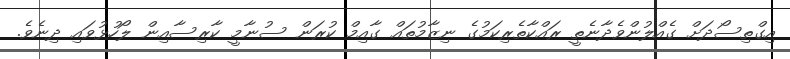
އިގްތިސޯދަށް ގެއްލުންވެދާނެތީ ރައްކާތެރިކަމުގެ ނިޒާމުތައް ގާއިމް ކުރަން ސުނާމީ ކާރިސާއިން ލޯހުޅުވައި ދިނެވެ.